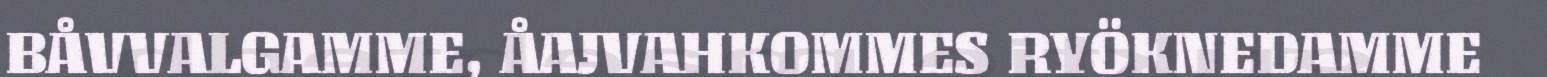
BÅVVALGAMME, ÅAJVAHKOMMES RYÖKNEDAMME